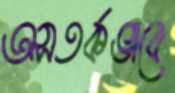
অসতর্কভাবে